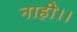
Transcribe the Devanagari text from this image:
नाही।।